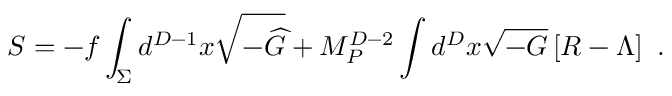
S = - f \int _ { \Sigma } d ^ { D - 1 } x \sqrt { - { \widehat G } } + M _ { P } ^ { D - 2 } \int d ^ { D } x \sqrt { - G } \left[ R - \Lambda \right] ~ .